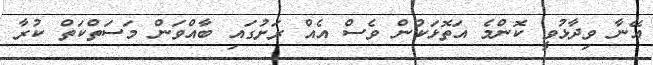
އޭނާ ވިދާޅުވީ ކޮންމެ އަތޮޅަކުން ވެސް އެއް ރަށުގައި ބާއްވަން މަސަތްކަތް ކުރާ